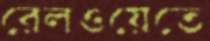
রেলওয়েতে